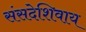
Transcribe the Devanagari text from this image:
संसदेशिवाय